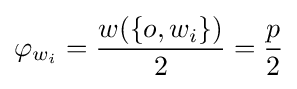
\varphi _{w_{i}}={\frac {w(\{o,w_{i}\})}{2}}={\frac {p}{2}}